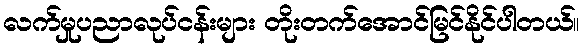
လက်မှုပညာလုပ်ငန်းများ တိုးတက်အောင်မြင်နိုင်ပါတယ်။